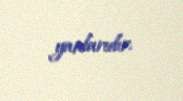
yanlarıdır.